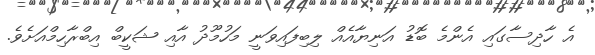
އެ ހާދިސާގައި އެންމެ ބޮޑު އަނިޔާއެއް ލިބިފައިވަނީ މަހުމޫދު އާއި ޝަކީބް އިބްރާހިމްއަށެވެ.